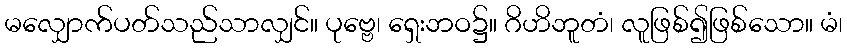
မလျှောက်ပတ်သည်သာလျှင်။ ပုဗ္ဗေ၊ ရှေးဘဝ၌။ ဂိဟိဘူတံ၊ လူဖြစ်၍ဖြစ်သော။ မံ၊